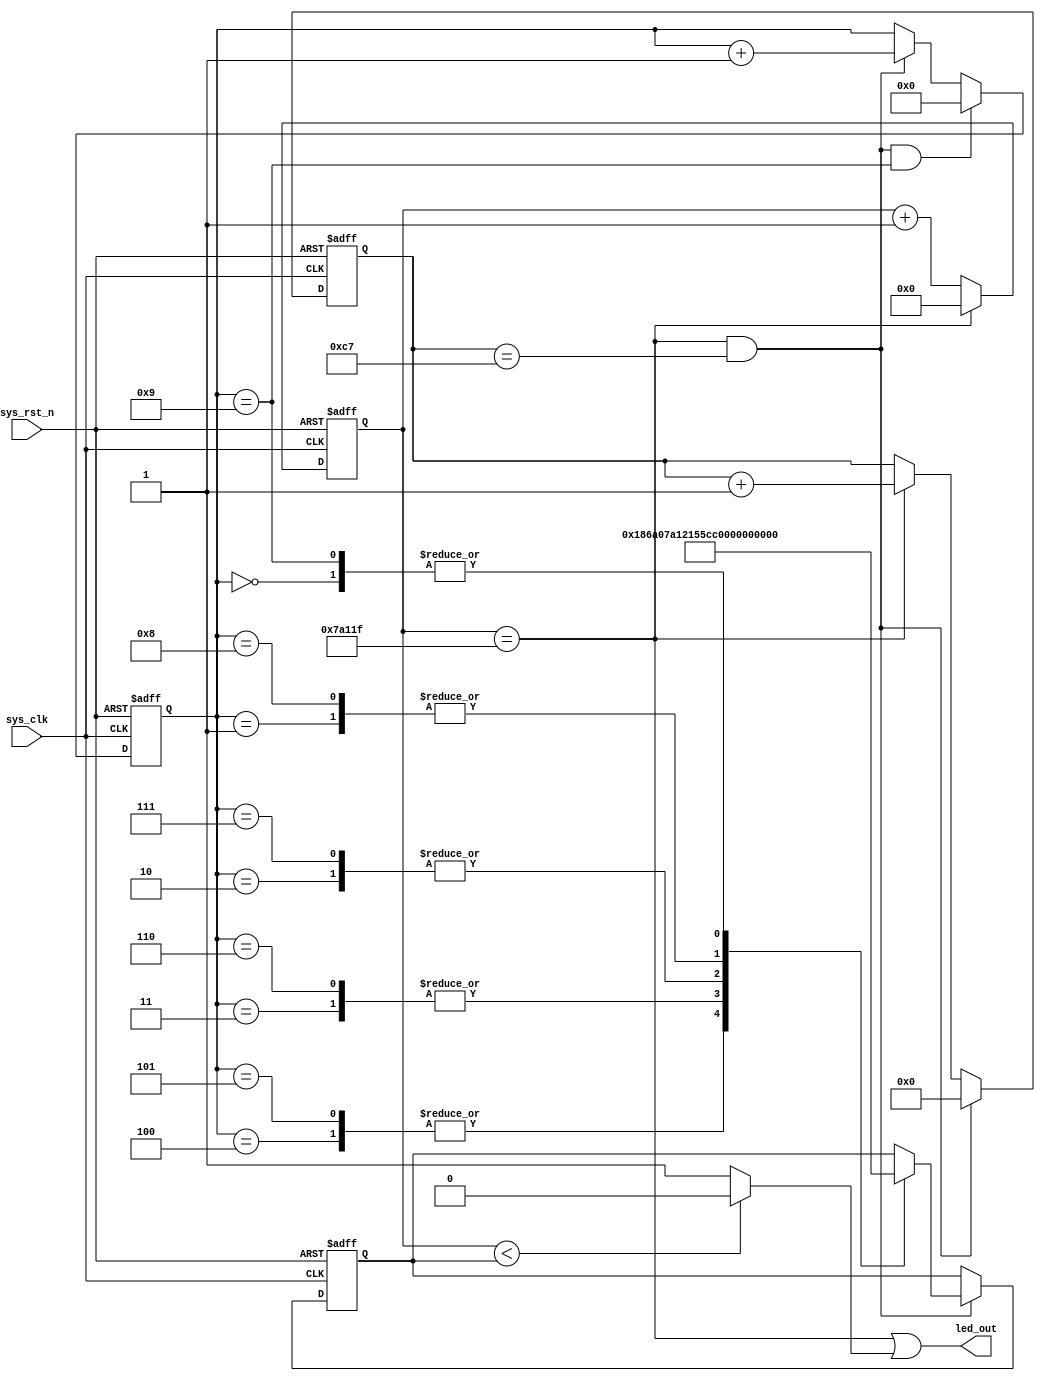

module  PWM_Led
#(
//****************************************************//
//50M
    parameter cnt_ms_MAX = 26'd50_000_000 ,
//PWM 10ms
	parameter cnt_ms_MIN =  cnt_ms_MAX / 100,
//   2s
	parameter T_s = 15'd200 
//****************************************************//
)
(
    input   wire            sys_clk     ,   //,50MHz
    input   wire            sys_rst_n   ,   //,

    output  wire            led_out          //

);

reg		[18:0]		cnt_ms	;
reg		[7:0]		cnt_ts	;
reg		[3:0]		flag_led;
reg		[18:0]		x	;
//reg   define



//********************************************************************//
//***************************** Main Code ****************************//
//********************************************************************//
//cnt_ms:10ms
always@(posedge sys_clk or negedge sys_rst_n)
    if(sys_rst_n == 1'b0)
        cnt_ms <= 19'b0;
    else    if(cnt_ms == cnt_ms_MIN - 1)
        cnt_ms <= 19'b0;
    else
        cnt_ms <= cnt_ms + 1'b1;

//cnt_ts:2s
always@(posedge sys_clk or negedge sys_rst_n)
    if(sys_rst_n == 1'b0)
        cnt_ts <= 14'b0;
    else    if(cnt_ms == cnt_ms_MIN - 1 && cnt_ts == T_s - 1)
        cnt_ts <= 14'b0;
    else	if(cnt_ms == cnt_ms_MIN - 1)
        cnt_ts <= cnt_ts + 1'b1;

//cnt_ts:2s
always@(posedge sys_clk or negedge sys_rst_n)
    if(sys_rst_n == 1'b0)
        flag_led <= 4'b0;
    else    if(cnt_ms == cnt_ms_MIN - 1 && cnt_ts == T_s - 1 && flag_led == 10 - 1)
        flag_led <= 4'b0;
    else	if(cnt_ms == cnt_ms_MIN - 1 && cnt_ts == T_s - 1 )
        flag_led <= flag_led + 1'b1;

always@(posedge sys_clk or negedge sys_rst_n)
	if(sys_rst_n == 1'b0)
       x<=cnt_ms_MIN;
	else if( cnt_ms == cnt_ms_MIN - 1 && cnt_ts == T_s - 1  )	begin
	case(flag_led)
		4'd0:x<= cnt_ms_MIN * 0.95 ;
		4'd1:x<= cnt_ms_MIN * 0.85 ;
		4'd2:x<= cnt_ms_MIN * 0.70 ;
		4'd3:x<= cnt_ms_MIN * 0.50 ;
		4'd4:x<= cnt_ms_MIN * 0.20 ;
		4'd5:x<= cnt_ms_MIN * 0.20 ;
		4'd6:x<= cnt_ms_MIN * 0.50 ;
		4'd7:x<= cnt_ms_MIN * 0.70 ;
		4'd8:x<= cnt_ms_MIN * 0.85 ;
		4'd9:x<= cnt_ms_MIN * 0.95 ;
	endcase
//	ledcnt<=7'b000_1111;
	end


assign	led_out=(cnt_ms== cnt_ms_MIN - 1)|(cnt_ms<x?0:1);


endmodule